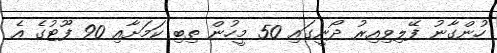
ހުންގާނު ފޭލިވިއިރު ދޯނީގައި 50 މީހުން ތިބި ކަމަށާއި 90 ފޫޓުގެ އެ